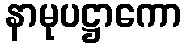
နာမုပဋ္ဌာကော